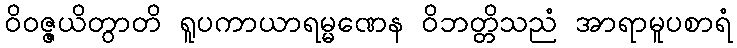
ဝိဝဇ္ဇယိတွာတိ ရူပကာယာရမ္မဏေန ဝိဘတ္တိသညံ အာရာမူပစာရံ